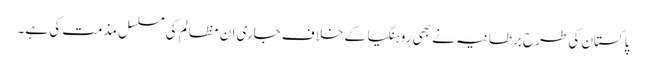
پاکستان کی طرح برطانیہ نے بھی روہنگیا کے خلاف جاری ان مظالم کی مسلسل مذمت کی ہے۔